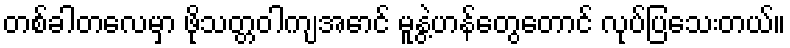
တစ်ခါတလေမှာ ဖိုသတ္တဝါကျအောင် မူနွဲ့ဟန်တွေတောင် လုပ်ပြသေးတယ်။